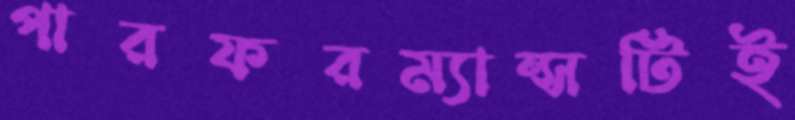
পারফরম্যান্সটিই